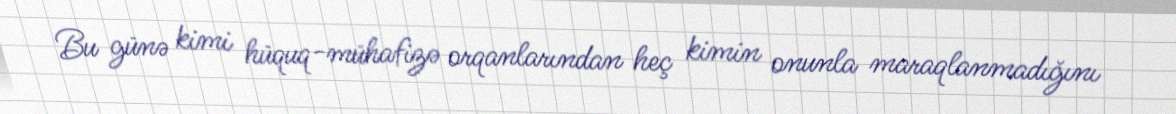
Bu günə kimi hüquq-mühafizə orqanlarından heç kimin onunla maraqlanmadığını